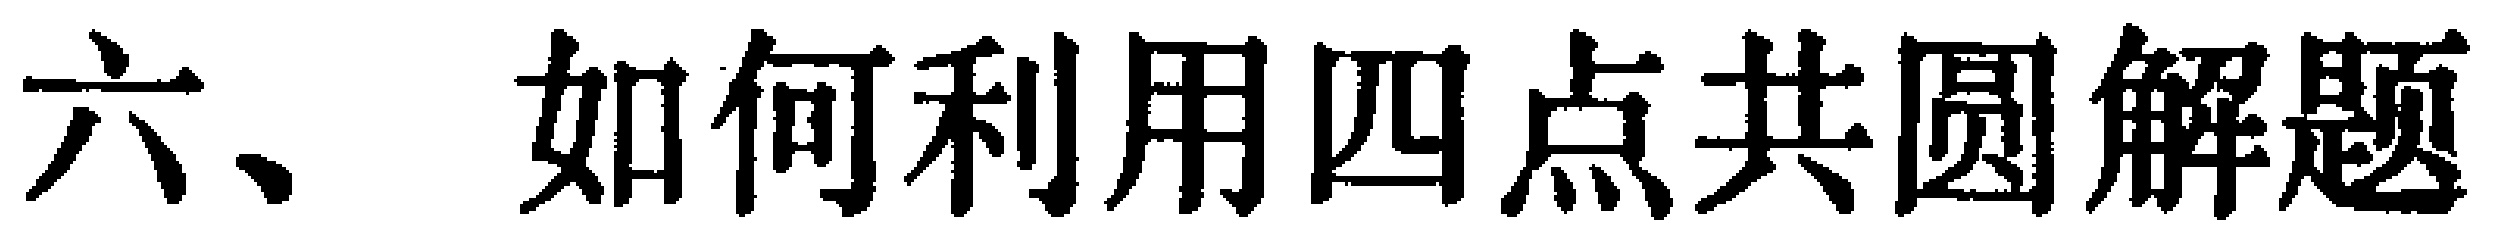
六、如何利用四点共圆解题